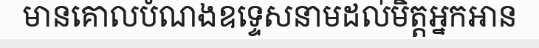
មានគោលបំណងឧទ្ទេសនាមដល់មិត្តអ្នកអាន